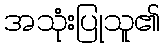
အသုံးပြုသူ၏